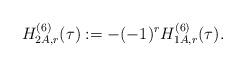
LaTeX: \begin{align*}H^{(6)}_{2A,r}(\tau):=-(-1)^rH^{(6)}_{1A,r}(\tau).\end{align*}